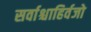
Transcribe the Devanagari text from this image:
सर्वाश्चाहिर्वजो